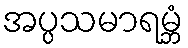
အပ္ပသမာရမ္ဘံ